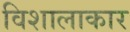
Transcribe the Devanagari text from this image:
विशालाकार